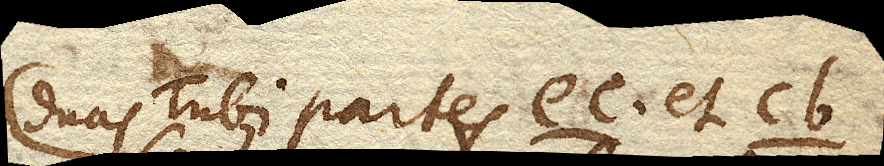
duas Tubi partes ec. et cb.